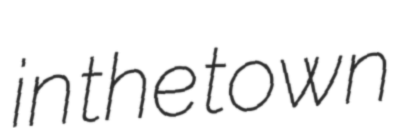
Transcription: in the town